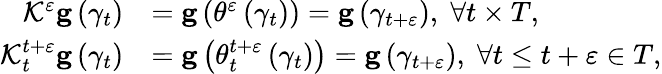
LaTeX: \begin{array}{rl}{\mathcal{K}^{\varepsilon}\mathbf{g}\left(\gamma_{t}\right)}&{=\mathbf{g}\left(\theta^{\varepsilon}\left(\gamma_{t}\right)\right)=\mathbf{g}\left(\gamma_{t+\varepsilon}\right),\; \forall t\times T,}\\ {\mathcal{K}_{t}^{t+\varepsilon}\mathbf{g}\left(\gamma_{t}\right)}&{=\mathbf{g}\left(\theta_{t}^{t+\varepsilon}\left(\gamma_{t}\right)\right)=\mathbf{g}\left(\gamma_{t+\varepsilon}\right),\; \forall t\leq t+\varepsilon\in T,}\end{array}